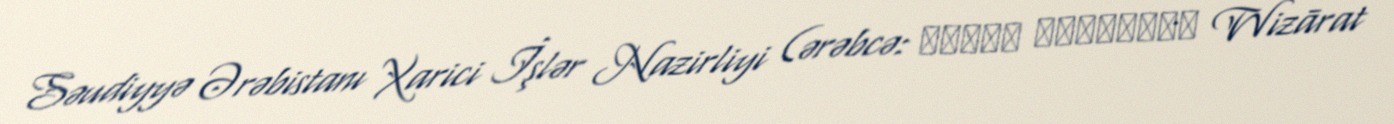
Səudiyyə Ərəbistanı Xarici İşlər Nazirliyi (ərəbcə: وزارة الخارجية Wizārat